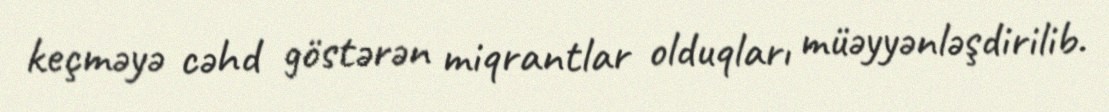
keçməyə cəhd göstərən miqrantlar olduqları müəyyənləşdirilib.